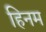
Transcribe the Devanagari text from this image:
हिनम